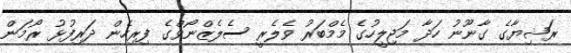
ރަޝިޔާގެ ގާނޫނު ހަދާ މަޖިލީހުގެ މެމްބަރު ވެލެރީ ސެލެޒްނޯވްގެ ފިރިހެން ދަރިފުޅު ރޯމަން